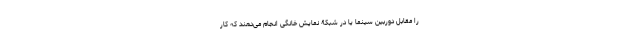
را مقابل دوربین سینما یا در شبکۀ نمایش خانگی انجام می‌دهند که کار